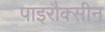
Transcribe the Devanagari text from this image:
पाइरौक्सीन